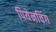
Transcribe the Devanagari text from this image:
पियेनचिंग